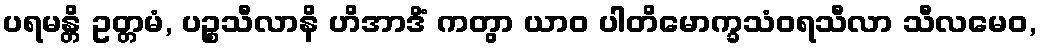
ပရမန္တိ ဥတ္တမံ, ပဉ္စသီလာနိ ဟိအာဒိံ ကတွာ ယာဝ ပါတိမောက္ခသံဝရသီလာ သီလမေဝ,